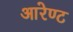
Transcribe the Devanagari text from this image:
आरेण्ट